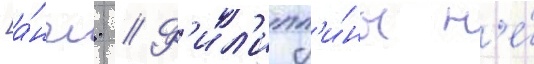
[а́нгл. // Ф'ил'ипп'и́ны н'е́